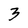
Character: 3